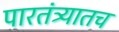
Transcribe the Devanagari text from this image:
पारतंत्र्यातच